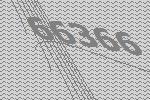
66366